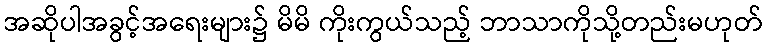
အဆိုပါအခွင့်အရေးများ၌ မိမိ ကိုးကွယ်သည့် ဘာသာကိုသို့တည်းမဟုတ်